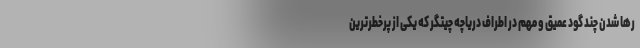
رها شدن چند گود عمیق و مهم در اطراف دریاچه چیتگر که یکی از پرخطرترین